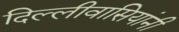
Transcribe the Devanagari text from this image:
दिल्लीवासियांनी